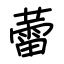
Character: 蕾